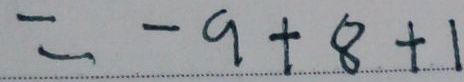
= - 9 + 8 + 1